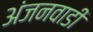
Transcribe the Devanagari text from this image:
अंजनवाडी